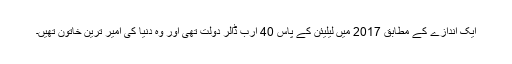
ایک اندازے کے مطابق 2017 میں لیلیئن کے پاس 40 ارب ڈالر دولت تھی اور وہ دنیا کی امیر ترین خاتون تھیں۔